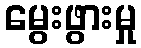
မွေးဖွားမှု